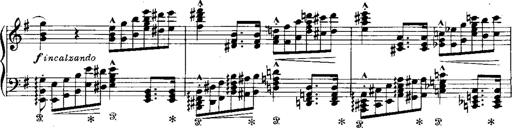
Title: RÃ©miniscences de Norma de Bellini
Composer: Franz Liszt